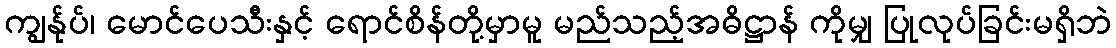
ကျွန်ုပ်၊ မောင်ပေသီးနှင့် ရောင်စိန်တို့မှာမူ မည်သည့်အဓိဋ္ဌာန် ကိုမျှ ပြုလုပ်ခြင်းမရှိဘဲ